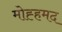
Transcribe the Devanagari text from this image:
मोह्हमद